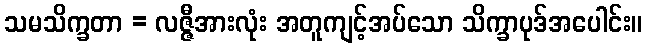
သမသိက္ခတာ = လဇ္ဇီအားလုံး အတူကျင့်အပ်သော သိက္ခာပုဒ်အပေါင်း။